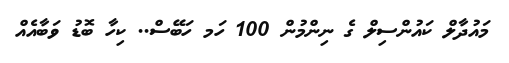
މައުދާލް ކައުންސިލް ގެ ނިންމުން 100 ހަމ ހަބޭސް.. ކިހާ ބޮޑު ވަބާއެއް